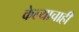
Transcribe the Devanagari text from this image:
केल्याचाही